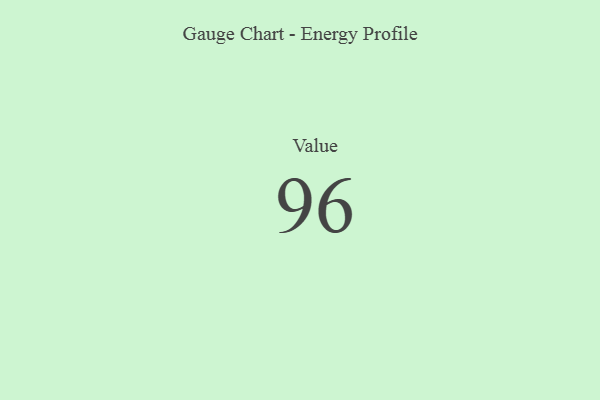
{"axis": {"x": "Metric", "y": "Value"}, "legend": [""], "data": [{"x": "Value", "y": 96, "type": ""}]}